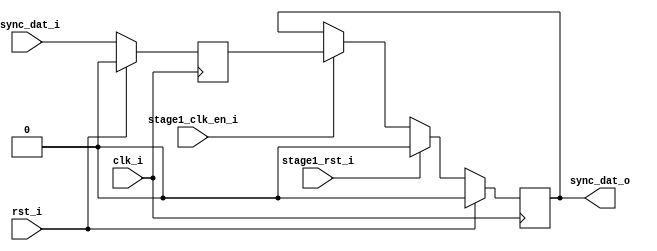
/*------------------------------------------------------------------------------
--------------------------------------------------------------------------------
Copyright (c) 2016, Loongson Technology Corporation Limited.

All rights reserved.

Redistribution and use in source and binary forms, with or without modification,
are permitted provided that the following conditions are met:

1. Redistributions of source code must retain the above copyright notice, this 
list of conditions and the following disclaimer.

2. Redistributions in binary form must reproduce the above copyright notice, 
this list of conditions and the following disclaimer in the documentation and/or
other materials provided with the distribution.

3. Neither the name of Loongson Technology Corporation Limited nor the names of 
its contributors may be used to endorse or promote products derived from this 
software without specific prior written permission.

THIS SOFTWARE IS PROVIDED BY THE COPYRIGHT HOLDERS AND CONTRIBUTORS "AS IS" AND 
ANY EXPRESS OR IMPLIED WARRANTIES, INCLUDING, BUT NOT LIMITED TO, THE IMPLIED 
WARRANTIES OF MERCHANTABILITY AND FITNESS FOR A PARTICULAR PURPOSE ARE 
DISCLAIMED. IN NO EVENT SHALL LOONGSON TECHNOLOGY CORPORATION LIMITED BE LIABLE
TO ANY PARTY FOR DIRECT, INDIRECT, INCIDENTAL, SPECIAL, EXEMPLARY, OR 
CONSEQUENTIAL DAMAGES (INCLUDING, BUT NOT LIMITED TO, PROCUREMENT OF SUBSTITUTE 
GOODS OR SERVICES; LOSS OF USE, DATA, OR PROFITS; OR BUSINESS INTERRUPTION) 
HOWEVER CAUSED AND ON ANY THEORY OF LIABILITY, WHETHER IN CONTRACT, STRICT 
LIABILITY, OR TORT (INCLUDING NEGLIGENCE OR OTHERWISE) ARISING IN ANY WAY OUT OF
THE USE OF THIS SOFTWARE, EVEN IF ADVISED OF THE POSSIBILITY OF SUCH DAMAGE.
--------------------------------------------------------------------------------
------------------------------------------------------------------------------*/

module uart_sync_flops
(
    rst_i,
    clk_i,
    stage1_rst_i,
    stage1_clk_en_i,
    async_dat_i,
    sync_dat_o
);

parameter Tp            = 1;
parameter width         = 1;
parameter init_value    = 1'b0;

input                   rst_i;                  
input                   clk_i;                  
input                   stage1_rst_i;           
input                   stage1_clk_en_i;        
input   [width-1:0]     async_dat_i;            
output  [width-1:0]     sync_dat_o;             

reg     [width-1:0]     sync_dat_o;
reg     [width-1:0]     flop_0;

always @ (posedge clk_i)
begin
    if (rst_i)
        flop_0 <= {width{init_value}};
    else
        flop_0 <= async_dat_i;    
end

always @ (posedge clk_i)
begin
    if (rst_i)
        sync_dat_o <= {width{init_value}};
    else if (stage1_rst_i)
        sync_dat_o <= {width{init_value}};
    else if (stage1_clk_en_i)
        sync_dat_o <= flop_0;       
end

endmodule